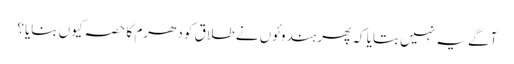
آگے یہ نہیں بتایا کہ پھر ہندوئوں نے طلاق کو دھرم کا حصہ کیوں بنایا؟